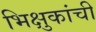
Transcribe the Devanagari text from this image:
भिक्षुकांची